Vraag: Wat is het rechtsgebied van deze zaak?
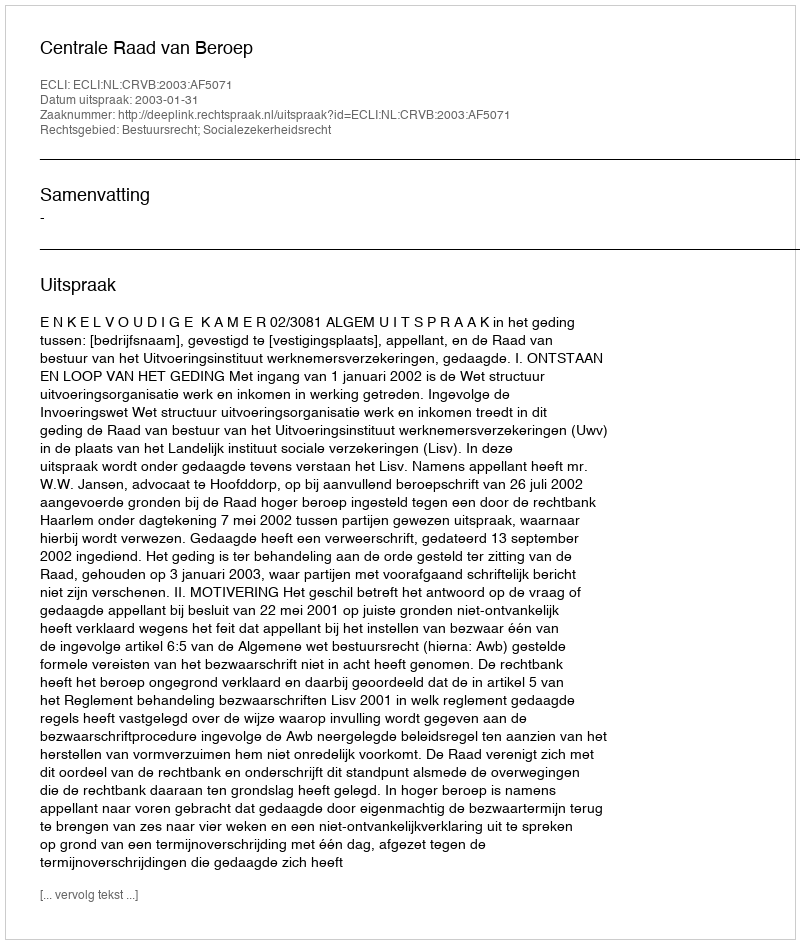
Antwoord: Bestuursrecht; Socialezekerheidsrecht